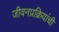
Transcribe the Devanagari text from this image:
जीवनप्रक्रियांची